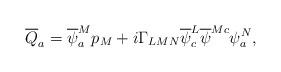
LaTeX: \begin{align*}\overline {Q}_{a} = \overline {\psi}^M_a p_M + i\Gamma_{LMN}\overline {\psi}^L_c \overline {\psi}^{Mc} \psi_a^N,\end{align*}